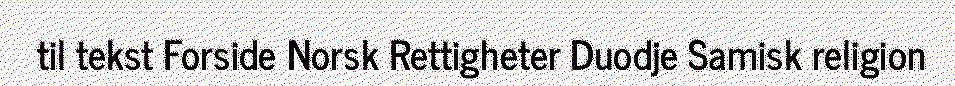
til tekst Forside Norsk Rettigheter Duodje Samisk religion